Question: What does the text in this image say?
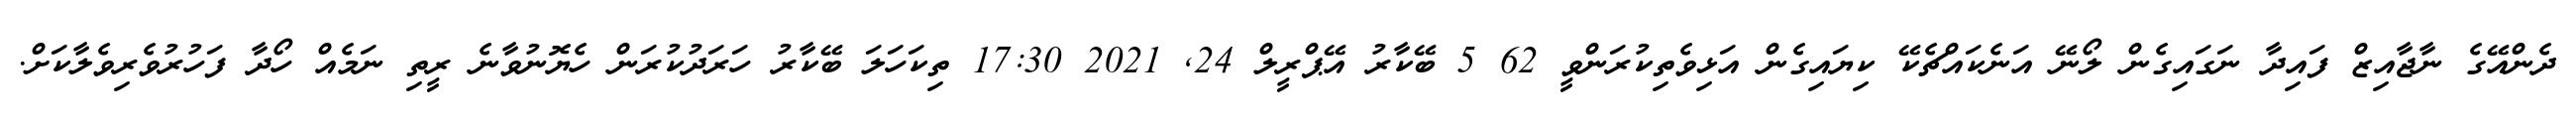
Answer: ދެންއޭގެ ނާޖާއިޒް ފައިދާ ނަގައިގެން ލޯނޭ އަނެކައްޗެކޭ ކިޔައިގެން އަޅިވެތިކުރަންވީ 62 5 ބޭކާރު އޭޕްރީލް 24, 2021 17:30 ތިކަހަލަ ބޭކާރު ހަރަދުކުރަން ހެޔޮނުވާނެ ރީތި ނަމެއް ހޯދާ ފަހުރުވެރިވެލާކަށް.